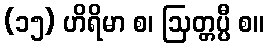
(၁၅) ဟိရိမာ စ၊ ဩတ္တပ္ပီ စ။